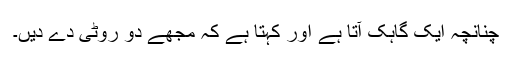
چنانچہ ایک گاہک آتا ہے اور کہتا ہے کہ مجھے دو روٹی دے دیں۔